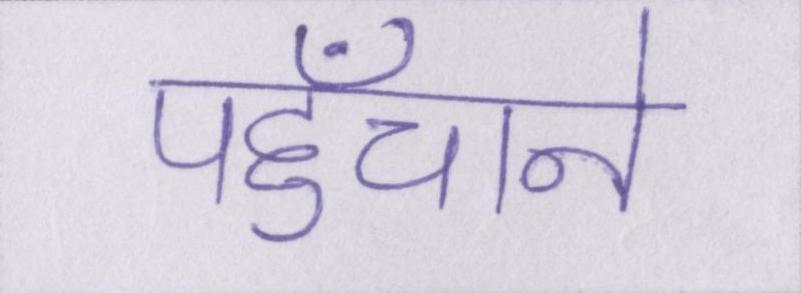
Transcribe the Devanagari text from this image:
पहुँचाने